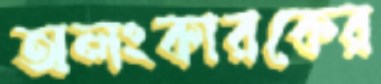
অলংকারকের